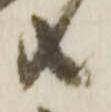
共